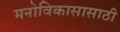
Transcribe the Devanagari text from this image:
मनोविकासासाठी